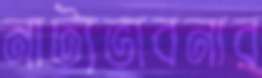
নাট্যভাবনার